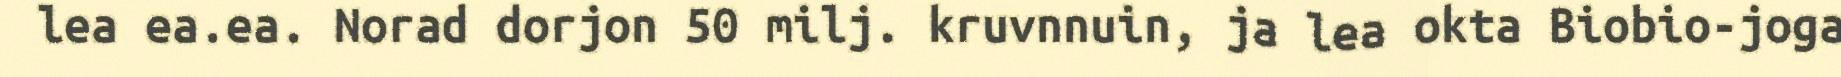
lea ea.ea. Norad dorjon 50 milj. kruvnnuin, ja lea okta Biobio-joga